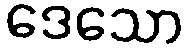
ဒေသော